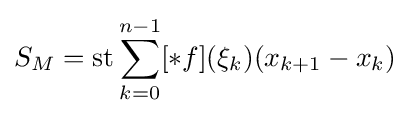
S_{M}=\operatorname {st} \sum _{k=0}^{n-1}[*f](\xi _{k})(x_{k+1}-x_{k})